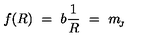
f ( R ) \ = \ b \frac { 1 } { R } \ = \ m _ { \! _ { J } }